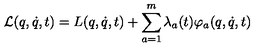
{ \cal L } ( q , \dot { q } , t ) = L ( q , \dot { q } , t ) + \sum _ { a = 1 } ^ { m } \lambda _ { a } ( t ) \varphi _ { a } ( q , \dot { q } , t )